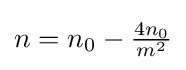
\textstyle n=n_{0}-{4n_{0} \over m^{2}}